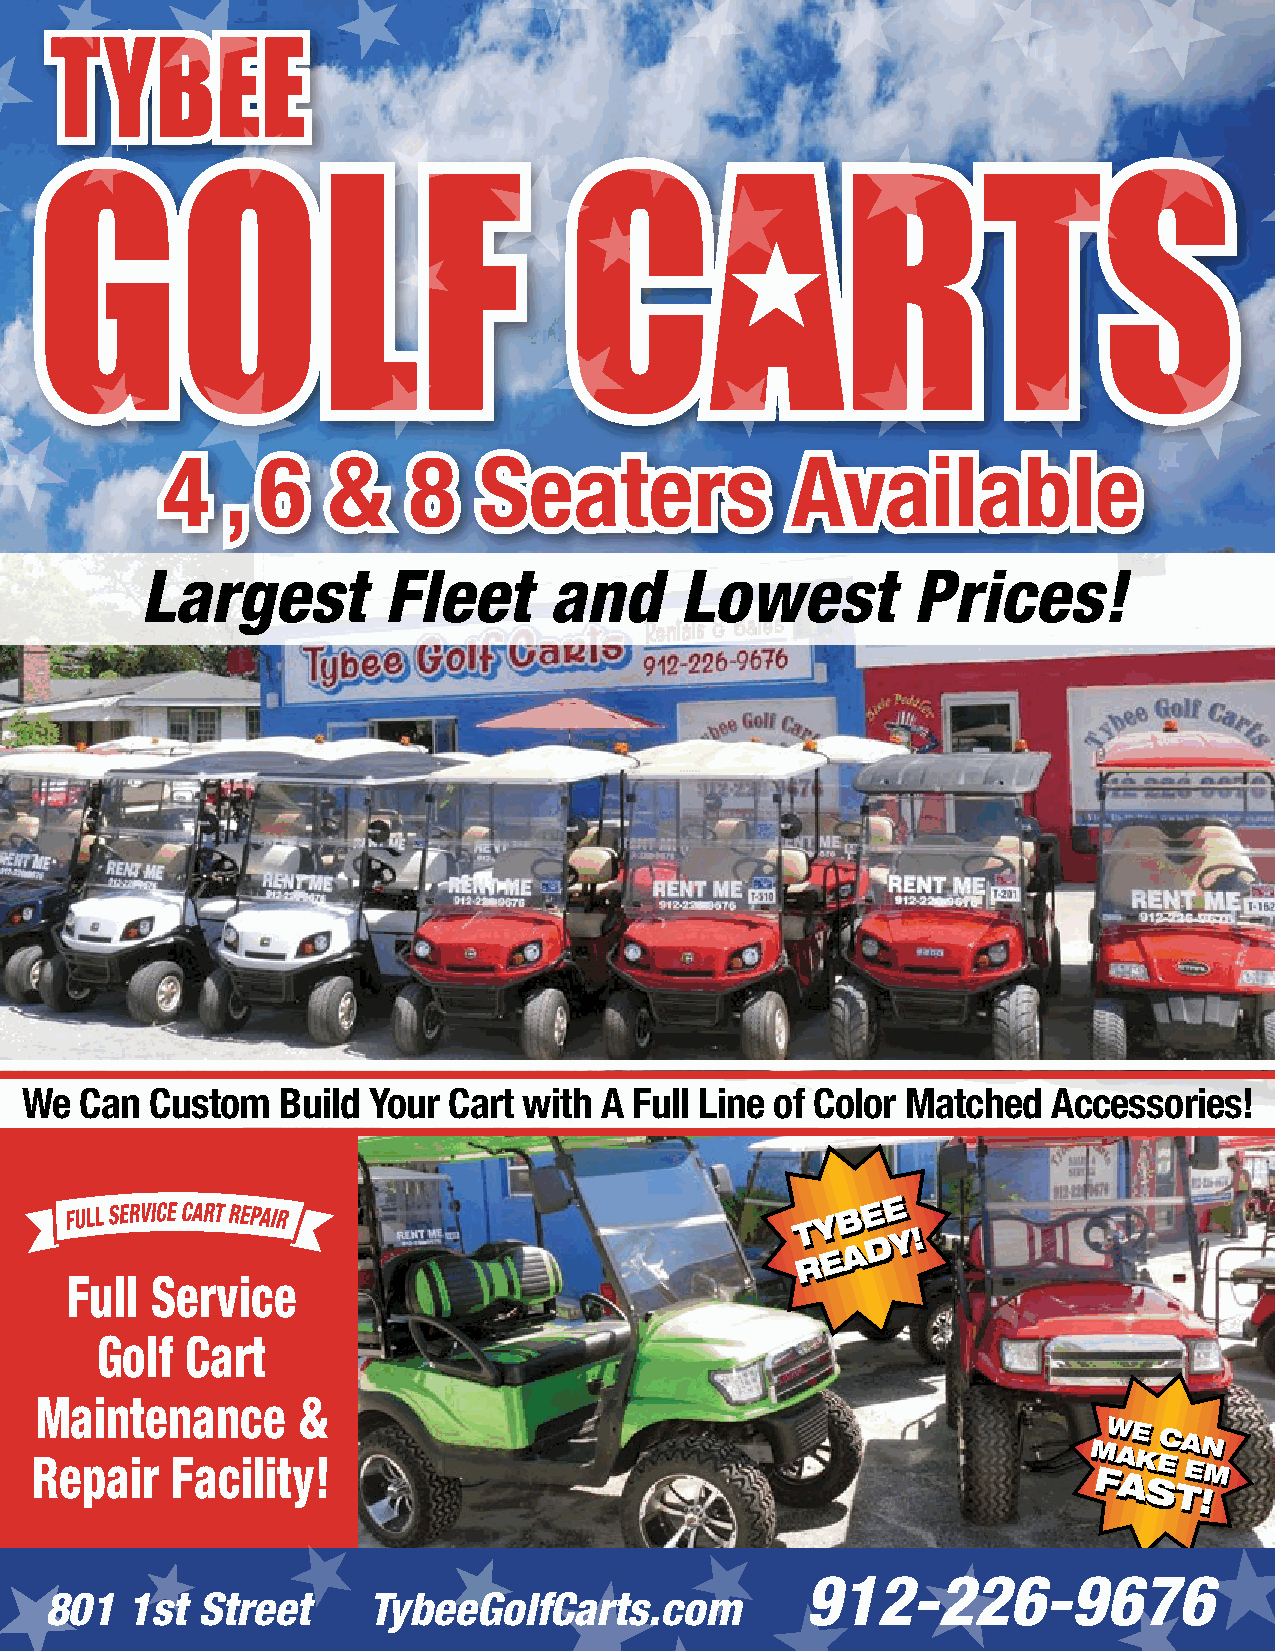
TTYYBBEEEE
 GOLF                                CARTS
 44  ,, 66  &&   88   SSeeaatteerrss      AAvvaaiillaabbllee
 Largest         Fleet      and      Lowest         Prices!
 We  Can  Custom  Build Your  Cart with A Full Line of Color Matched  Accessories!
 T RT RYY
 EEBB
 AAEE
 DDEE
 YY !!
 Full  Service
 Golf  Cart
 Maintenance       &
 Repair   Facility!                                                    MM
 FFWW
 AA
 AAEE
 KK
 SS
 EECC
 TT
 AA
 EE
 !!NN
 MM
 912-226-9676
 39
 801  1st  Street     TybeeGolfCarts.com                     TYBEE BEACHCOMBER | JAN 2022